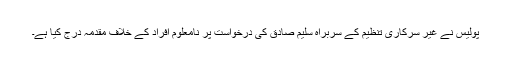
پولیس نے غیر سرکاری تنظیم کے سربراہ سلیم صادق کی درخواست پر نامعلوم افراد کے خلاف مقدمہ درج کیا ہے۔